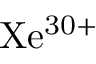
\mathrm { X e ^ { 3 0 + } }